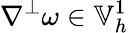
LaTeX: \nabla^{\perp}\omega\in\mathbb{V}_{h}^{1}